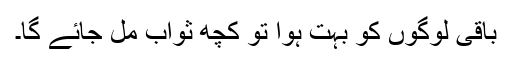
باقی لوگوں کو بہت ہوا تو کچھ ثواب مل جائے گا۔